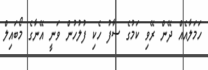
ހަމަލާއެއް ދޭން ރޭވި ކަމުގެ ސާފު ހެކި ފުލުހުން ވަނީ އޭނާގެ މޯބައިލް